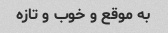
به موقع و خوب و تازه